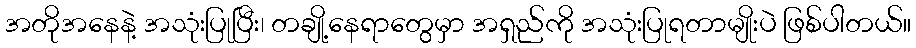
အတိုအနေနဲ့ အသုံးပြုပြီး၊ တချို့နေရာတွေမှာ အရှည်ကို အသုံးပြုရတာမျိုးပဲ ဖြစ်ပါတယ်။